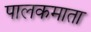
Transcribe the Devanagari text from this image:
पालकमाता